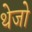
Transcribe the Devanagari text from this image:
थेजो